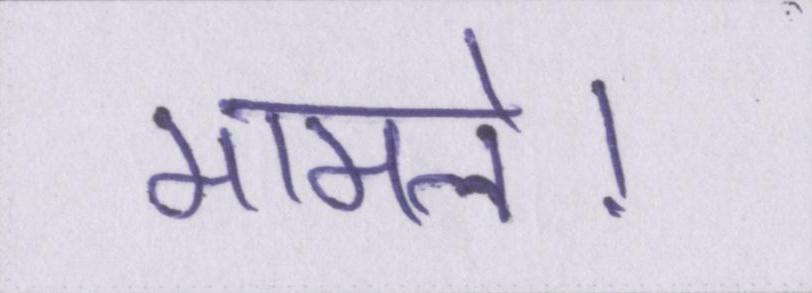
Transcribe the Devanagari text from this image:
मामले।